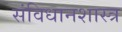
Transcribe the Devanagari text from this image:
संविधानशास्त्र